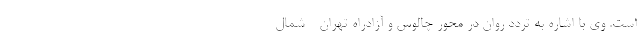
است. وی با اشاره به تردد روان در محور چالوس و آزادراه تهران - شمال